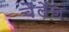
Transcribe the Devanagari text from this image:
चैंलेंज